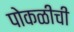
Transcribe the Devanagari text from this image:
पोकळीची